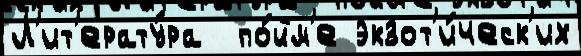
Л'ит'ерату́ра  по́йм'е экзот'и́ческ'их